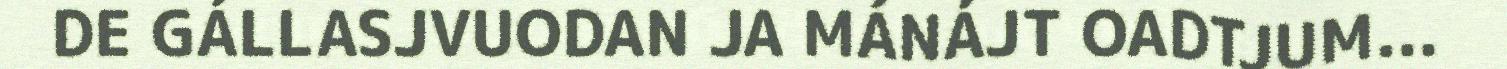
DE GÁLLASJVUODAN JA MÁNÁJT OADTJUM...